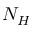
N _ { H }